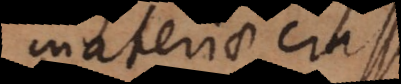
materiae crassae